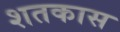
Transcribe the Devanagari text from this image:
शतकास